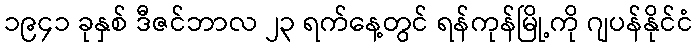
၁၉၄၁ ခုနှစ် ဒီဇင်ဘာလ ၂၃ ရက်နေ့တွင် ရန်ကုန်မြို့ကို ဂျပန်နိုင်ငံ